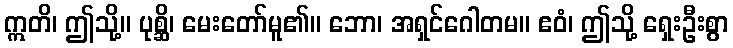
ဣတိ၊ ဤသို့။ ပုစ္ဆိ၊ မေးတော်မူ၏။ ဘော၊ အရှင်ဂေါတမ။ ဧဝံ၊ ဤသို့ ရှေးဦးစွာ